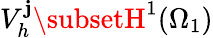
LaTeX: V_{h}^{\mathbf{j}}\subsetH^{1}(\Omega_{1})